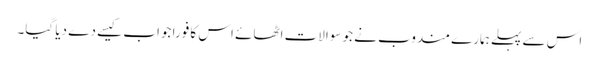
اس سے پہلے ہمارے مندوب نے جو سوالات اٹھائے اس کا فورا جواب کیسے دے دیا گیا۔